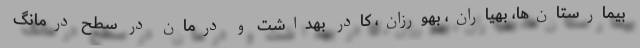
بیمارستان‌ها، بهیاران، بهورزان، کادر بهداشت و درمان در سطح درمانگ